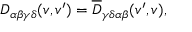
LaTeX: D _ { \alpha \beta \gamma \delta } ( v , v ^ { \prime } ) = \overline { { { D } } } _ { \gamma \delta \alpha \beta } ( v ^ { \prime } , v ) ,